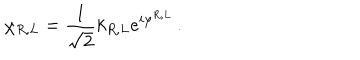
LaTeX: \chi _ { R , L } = \frac { 1 } { \sqrt { 2 } } k _ { R , L } e ^ { i \varphi ^ { R , L } } \, .